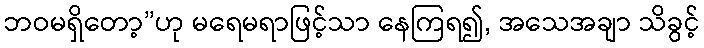
ဘဝမရှိတော့”ဟု မရေမရာဖြင့်သာ နေကြရ၍, အသေအချာ သိခွင့်